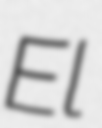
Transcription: El